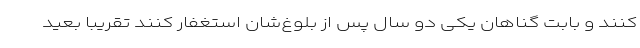
کنند و بابت گناهان یکی دو سال پس از بلوغ‌شان استغفار کنند تقریبا بعید